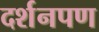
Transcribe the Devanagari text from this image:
दर्शनपण